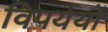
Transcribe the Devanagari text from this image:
विपर्ययों